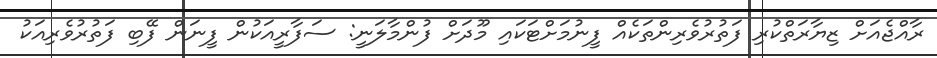
ރާއްޖެއަށް ޒިޔާރަތްކުރި ފަތުރުވެރިންތަކެއް ފީނުމަށްޓަކައި މޫދަށް ފުންމާލަނީ: ސަފާރީއަކުން ފީނަން ފޭބި ފަތުރުވެރިއަކު